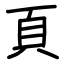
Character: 頁